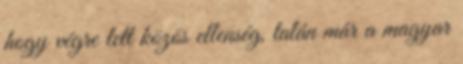
hogy végre lett közös ellenség, talán már a magyar